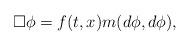
LaTeX: \begin{align*}\Box \phi = f(t,x) m(d \phi,d \phi),\end{align*}